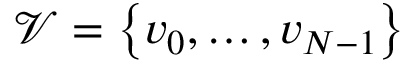
\mathcal { V } = \left\{ v _ { 0 } , \dots , v _ { N - 1 } \right\}